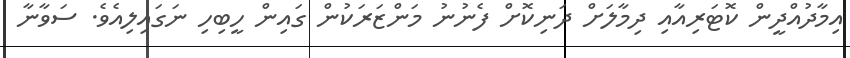
އިމާދުއްދީން ކޮޓަރިއާއި ދިމާލަށް ދަނިކޮށް ފެނުނު މަންޒަރަކުން ގައިން ހީބިހި ނަގައިލިއެވެ. ސަވާނާ